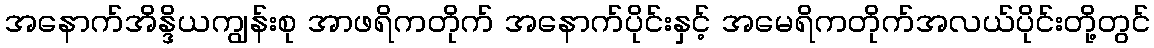
အနောက်အိန္ဒိယကျွန်းစု အာဖရိကတိုက် အနောက်ပိုင်းနှင့် အမေရိကတိုက်အလယ်ပိုင်းတို့တွင်